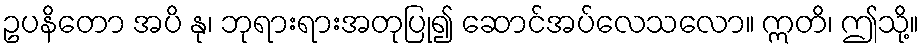
ဥပနိတော အပိ နု၊ ဘုရားရားအတုပြု၍ ဆောင်အပ်လေသလော။ ဣတိ၊ ဤသို့။